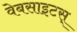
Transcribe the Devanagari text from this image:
वेबसाइटस्